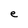
Character: e